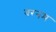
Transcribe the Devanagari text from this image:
बरनम